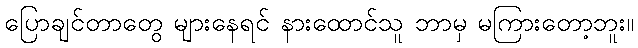
ပြောချင်တာတွေ များနေရင် နားထောင်သူ ဘာမှ မကြားတော့ဘူး။